Vabadussoja_Ajaloo_Komitee, lk 200
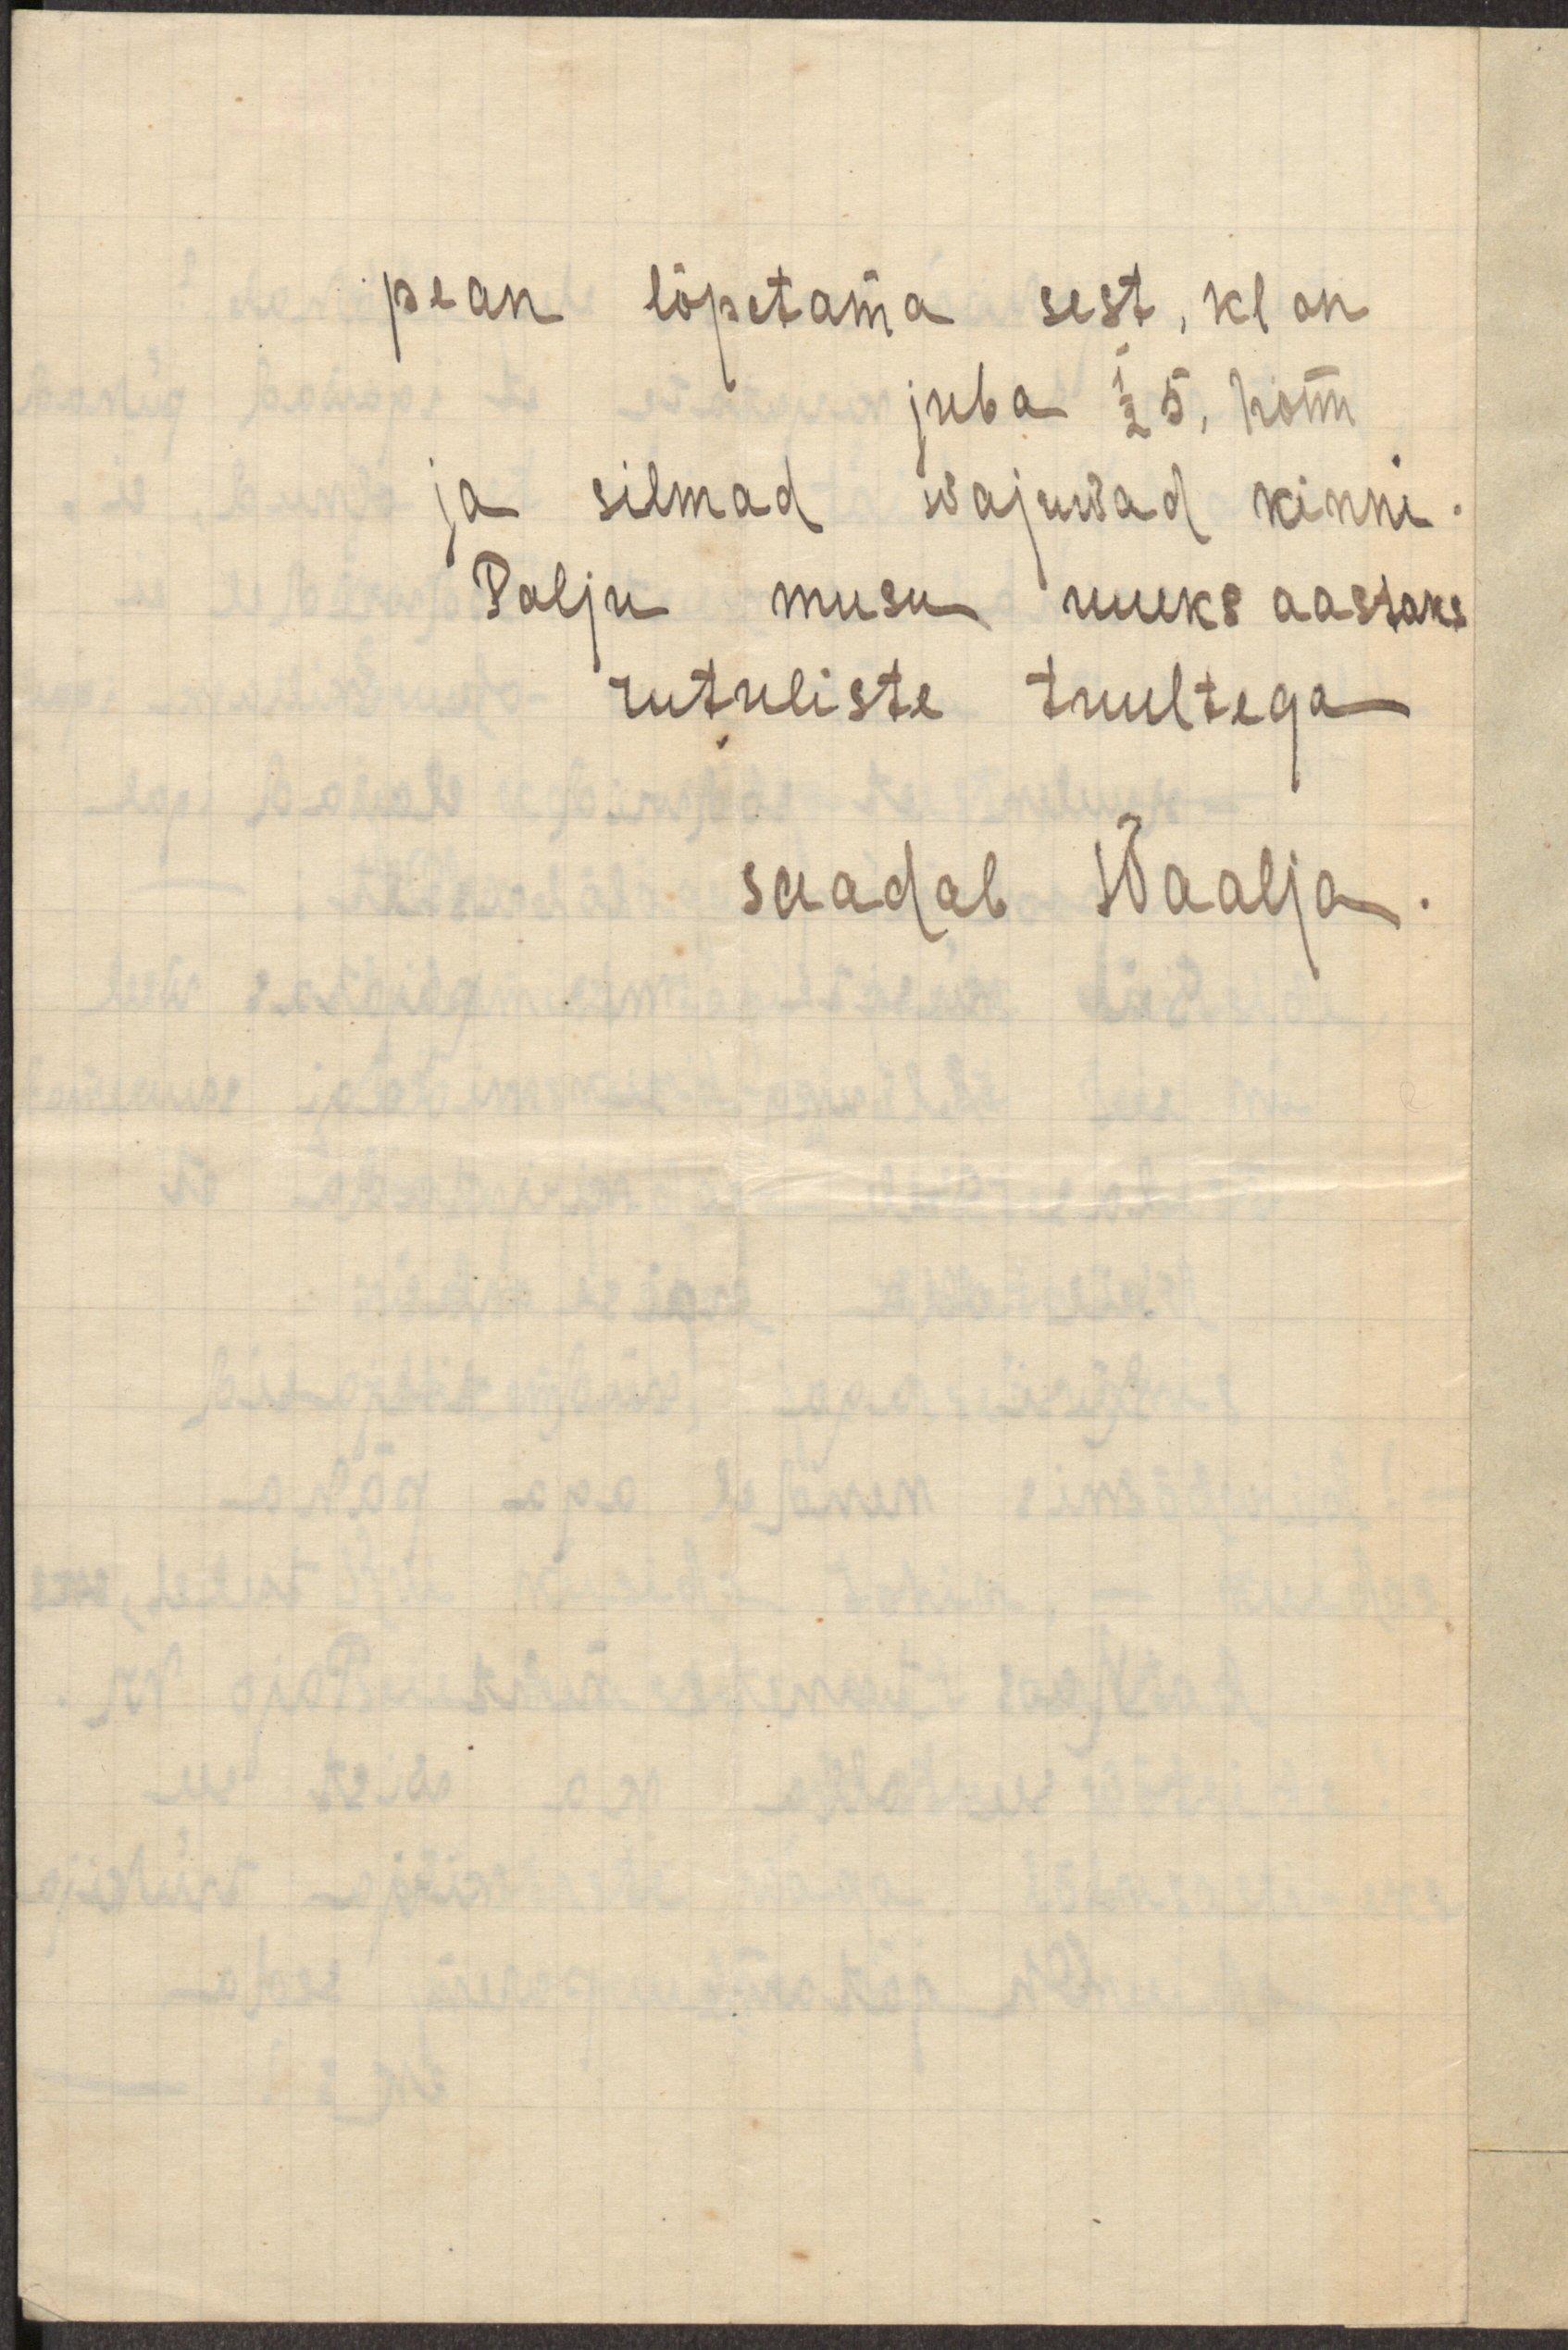
pean lõpetama sest, kl on
juba 1/2 5, hom
ja silmad wajuwad kinni.
Palju musu uueks aastaks
rutuliste tuultega
saadab Waalja.